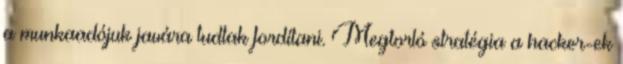
a munkaadójuk javára tudtak fordítani. Megtorló stratégia a hacker-ek